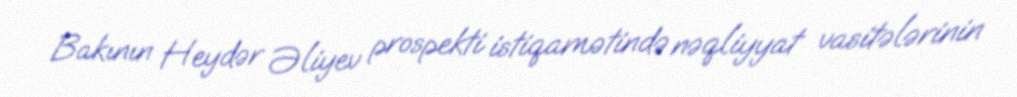
Bakının Heydər Əliyev prospekti istiqamətində nəqliyyat vasitələrinin